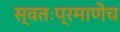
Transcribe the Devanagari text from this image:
स्वतःप्रमाणेच